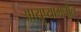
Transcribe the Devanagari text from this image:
आयुष्यामधील